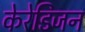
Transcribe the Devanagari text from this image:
केरेडिजन